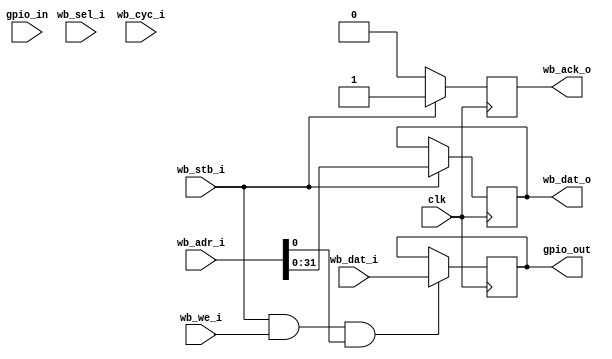
/*
 * c4puter northbridge - simple two-register Wishbone GPIO
 * Copyright (C) 2017 Chris Pavlina
 *
 * This program is free software; you can redistribute it and/or modify
 * it under the terms of the GNU General Public License as published by
 * the Free Software Foundation; either version 2 of the License, or
 * (at your option) any later version.
 *
 * This program is distributed in the hope that it will be useful,
 * but WITHOUT ANY WARRANTY; without even the implied warranty of
 * MERCHANTABILITY or FITNESS FOR A PARTICULAR PURPOSE.  See the
 * GNU General Public License for more details.
 *
 * You should have received a copy of the GNU General Public License along
 * with this program; if not, write to the Free Software Foundation, Inc.,
 * 51 Franklin Street, Fifth Floor, Boston, MA 02110-1301 USA.
 */

// Address 0: in
// Address 1: out

module wb_simple_gpio (
    input       [31:0]  wb_dat_i,
    output reg  [31:0]  wb_dat_o,
    input       [35:0]  wb_adr_i,
    input               wb_we_i,
    input       [3:0]   wb_sel_i,
    input               wb_stb_i,
    input               wb_cyc_i,
    output      reg     wb_ack_o,

    input       [31:0]  gpio_in,
    output      [31:0]  gpio_out,

    input               clk
);

reg     [31:0]  gpio_in_reg = 32'h00000000;
reg     [31:0]  gpio_out_reg = 32'h00000000;
wire            gpio_write;

assign gpio_out = gpio_out_reg;
assign gpio_write = wb_stb_i && wb_we_i && wb_adr_i[0];

always @(posedge clk) begin
    gpio_in_reg <= gpio_in;

    if (gpio_write)
        gpio_out_reg <= wb_dat_i;

    if (wb_stb_i) begin
        //wb_dat_o <= (wb_adr_i[0] == 1'b0 ? gpio_in_reg : gpio_out_reg);
        wb_dat_o <= wb_adr_i[31:0];
        wb_ack_o <= 1'b1;
    end else begin
        wb_ack_o <= 1'b0;
    end
end

endmodule